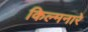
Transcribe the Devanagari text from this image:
किल्मनारे